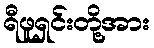
ရီဖူရှင်းတို့အား